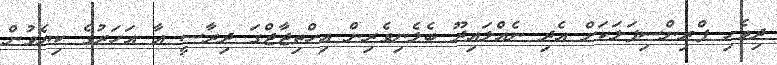
ދިވެހި ޕްރިންސިޕަލަކަށް އެދި ނެއްލައިދޫ ބެލެނިވެރިން އިހްތިޖާޖްގަ ދިރާސީ އާ އަހަރުގެ ކިޔެވުން